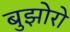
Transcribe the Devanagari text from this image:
बुझोरो